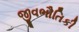
જીવભૌતિકી